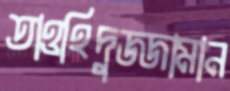
তাওহিদুজ্জামান